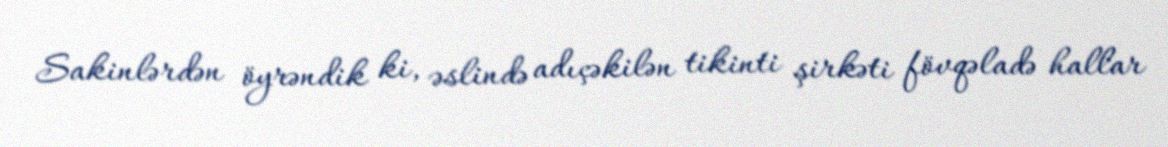
Sakinlərdən öyrəndik ki, əslində adıçəkilən tikinti şirkəti fövqəladə hallar